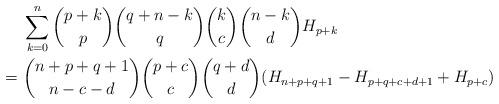
LaTeX: \begin{align*} & \sum_{k=0}^n \binom{p+k}{p}\binom{q+n-k}{q}\binom{k}{c}\binom{n-k}{d}H_{p+k} \\={} & \binom{n+p+q+1}{n-c-d}\binom{p+c}{c}\binom{q+d}{d} (H_{n+p+q+1}-H_{p+q+c+d+1}+H_{p+c})\end{align*}